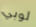
لوبي